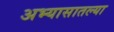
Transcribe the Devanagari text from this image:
अभ्यासातल्या